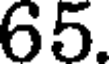
65.